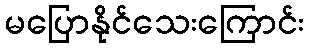
မပြောနိုင်သေးကြောင်း